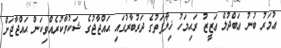
ޢުމަރު ބުނު ޢަބްދުލް ޢަޒީޒު ރަޙިމަހު ޚިލާފަތުގެ ދަރުބާރުގައި ޙައްޖާޖުގެ ޝަކުވާކުރެއްވިކަން ޙައްޖާޖަށް